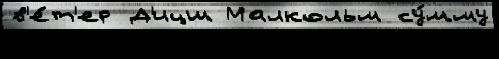
в'е́т'ер Д'ицш Малкольм су́мму